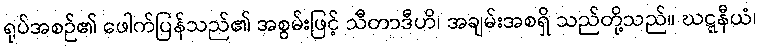
ရုပ်အစဉ်၏ ဖေါက်ပြန်သည်၏ အစွမ်းဖြင့် သီတာဒီဟိ၊ အချမ်းအစရှိ သည်တို့သည်။ ဃဋ္ဋနီယံ၊